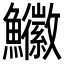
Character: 𩽚